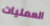
العمليات